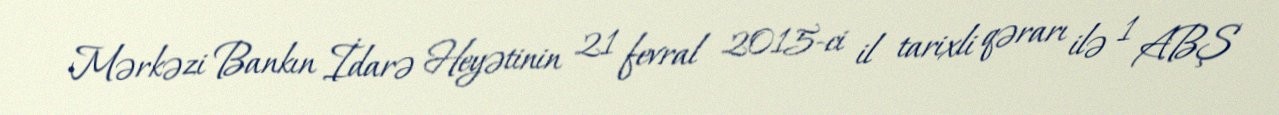
Mərkəzi Bankın İdarə Heyətinin 21 fevral 2015-ci il tarixli qərarı ilə 1 ABŞ